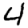
Digit: 4